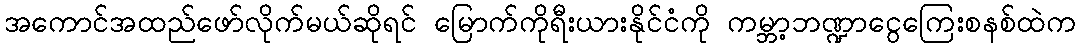
အကောင်အထည်ဖော်လိုက်မယ်ဆိုရင် မြောက်ကိုရီးယားနိုင်ငံကို ကမ္ဘာ့ဘဏ္ဍာငွေကြေးစနစ်ထဲက